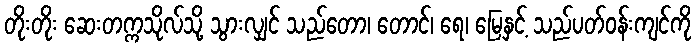
တိုးတိုး ဆေးတက္ကသိုလ်သို့ သွားလျှင် သည်တော၊ တောင်၊ ရေ၊ မြေနှင့် သည်ပတ်ဝန်းကျင်ကို